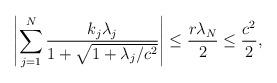
LaTeX: \begin{align*}\left| \sum_{j=1}^N \frac{k_j\lambda_j}{1+\sqrt{1+\lambda_j/c^2}} \right| &\leq \frac{r\lambda_N}{2} \leq \frac{c^2}{2},\end{align*}